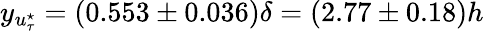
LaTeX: y_{u_{\tau}^{\star}}=(0.553\pm 0.036)\delta=(2.77\pm 0.18)h